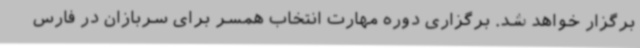
برگزار خواهد شد. برگزاری دوره مهارت انتخاب همسر برای سربازان در فارس